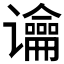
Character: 𰶏